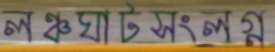
লঞ্চঘাটসংলগ্ন